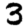
Digit: 3